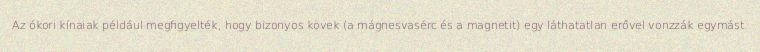
Az ókori kínaiak például megfigyelték, hogy bizonyos kövek (a mágnesvasérc és a magnetit) egy láthatatlan erővel vonzzák egymást.